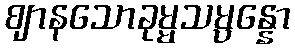
ဈာနသောခုမ္မသမ္ပန္နော